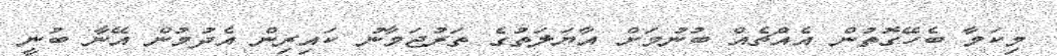
މިކަމާ ބެހޭގޮތުން އެއްޗެއް ބުނުމަށް އާޔަލަތުގެ ތަރުޖަމާނު ކައިރިން އެދުމުން އޭނާ ބުނީ